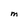
Character: m